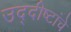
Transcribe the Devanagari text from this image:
उद्दीष्टांचे